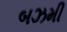
બઝમી